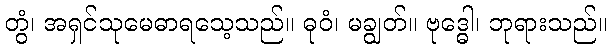
တွံ၊ အရှင်သုမေဓာရသေ့သည်။ ဓုဝံ၊ မချွတ်။ ဗုဒ္ဓေါ၊ ဘုရားသည်။